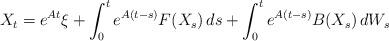
LaTeX: \begin{align*}X_t = e^{ A t } \xi+ \int_0^t e^{ A ( t - s ) } F( X_s ) \, ds+ \int_0^t e^{ A ( t - s ) } B( X_s ) \, dW_s \end{align*}